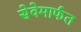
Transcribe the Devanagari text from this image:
सेवेमार्फत